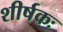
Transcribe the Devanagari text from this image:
शीर्षकः